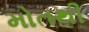
મોતથી